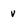
Character: v